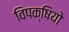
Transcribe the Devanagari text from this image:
विपक्षियो